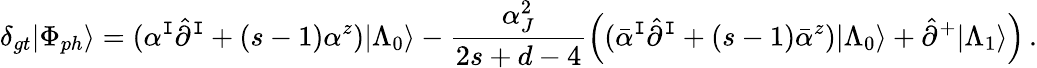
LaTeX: \delta_{gt}|\Phi_{ph}\rangle=(\alpha^{\mathtt{I}}\hat{{\partial}}^{\mathtt{I}}+(s-1)\alpha^{z})|\Lambda_{0}\rangle-\frac{{\alpha_{J}^{2}}}{{2s+d-4}}\Bigl((\bar{{\alpha}}^{\mathtt{I}}\hat{{\partial}}^{\mathtt{I}}+(s-1)\bar{{\alpha}}^{z})|\Lambda_{0}\rangle+\hat{{\partial}}^{+}|\Lambda_{1}\rangle\Bigr)\, .